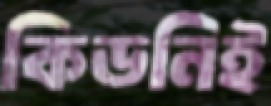
কিডনিই